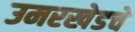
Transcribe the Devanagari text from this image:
उमरखेडचे